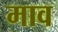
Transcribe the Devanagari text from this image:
माव